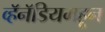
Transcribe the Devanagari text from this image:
व्हॅनॅडियमहून